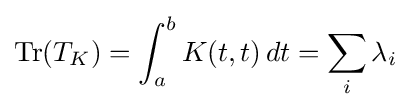
\operatorname {Tr} (T_{K})=\int _{a}^{b}K(t,t)\,dt=\sum _{i}\lambda _{i}